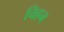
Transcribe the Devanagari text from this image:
चिहन